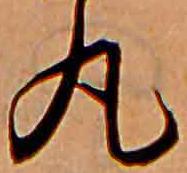
丸